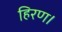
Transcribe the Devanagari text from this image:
हिरण।